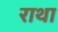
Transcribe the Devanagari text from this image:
राथा